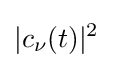
|c_{\nu }(t)|^{2}